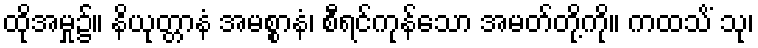
ထိုအမှု၌။ နိယုတ္တာနံ အမစ္စာနံ၊ စီရင်ကုန်သော အမတ်တို့ကို။ ကထသိံ သု၊